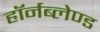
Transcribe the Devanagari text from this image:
हॉर्नब्लेण्ड